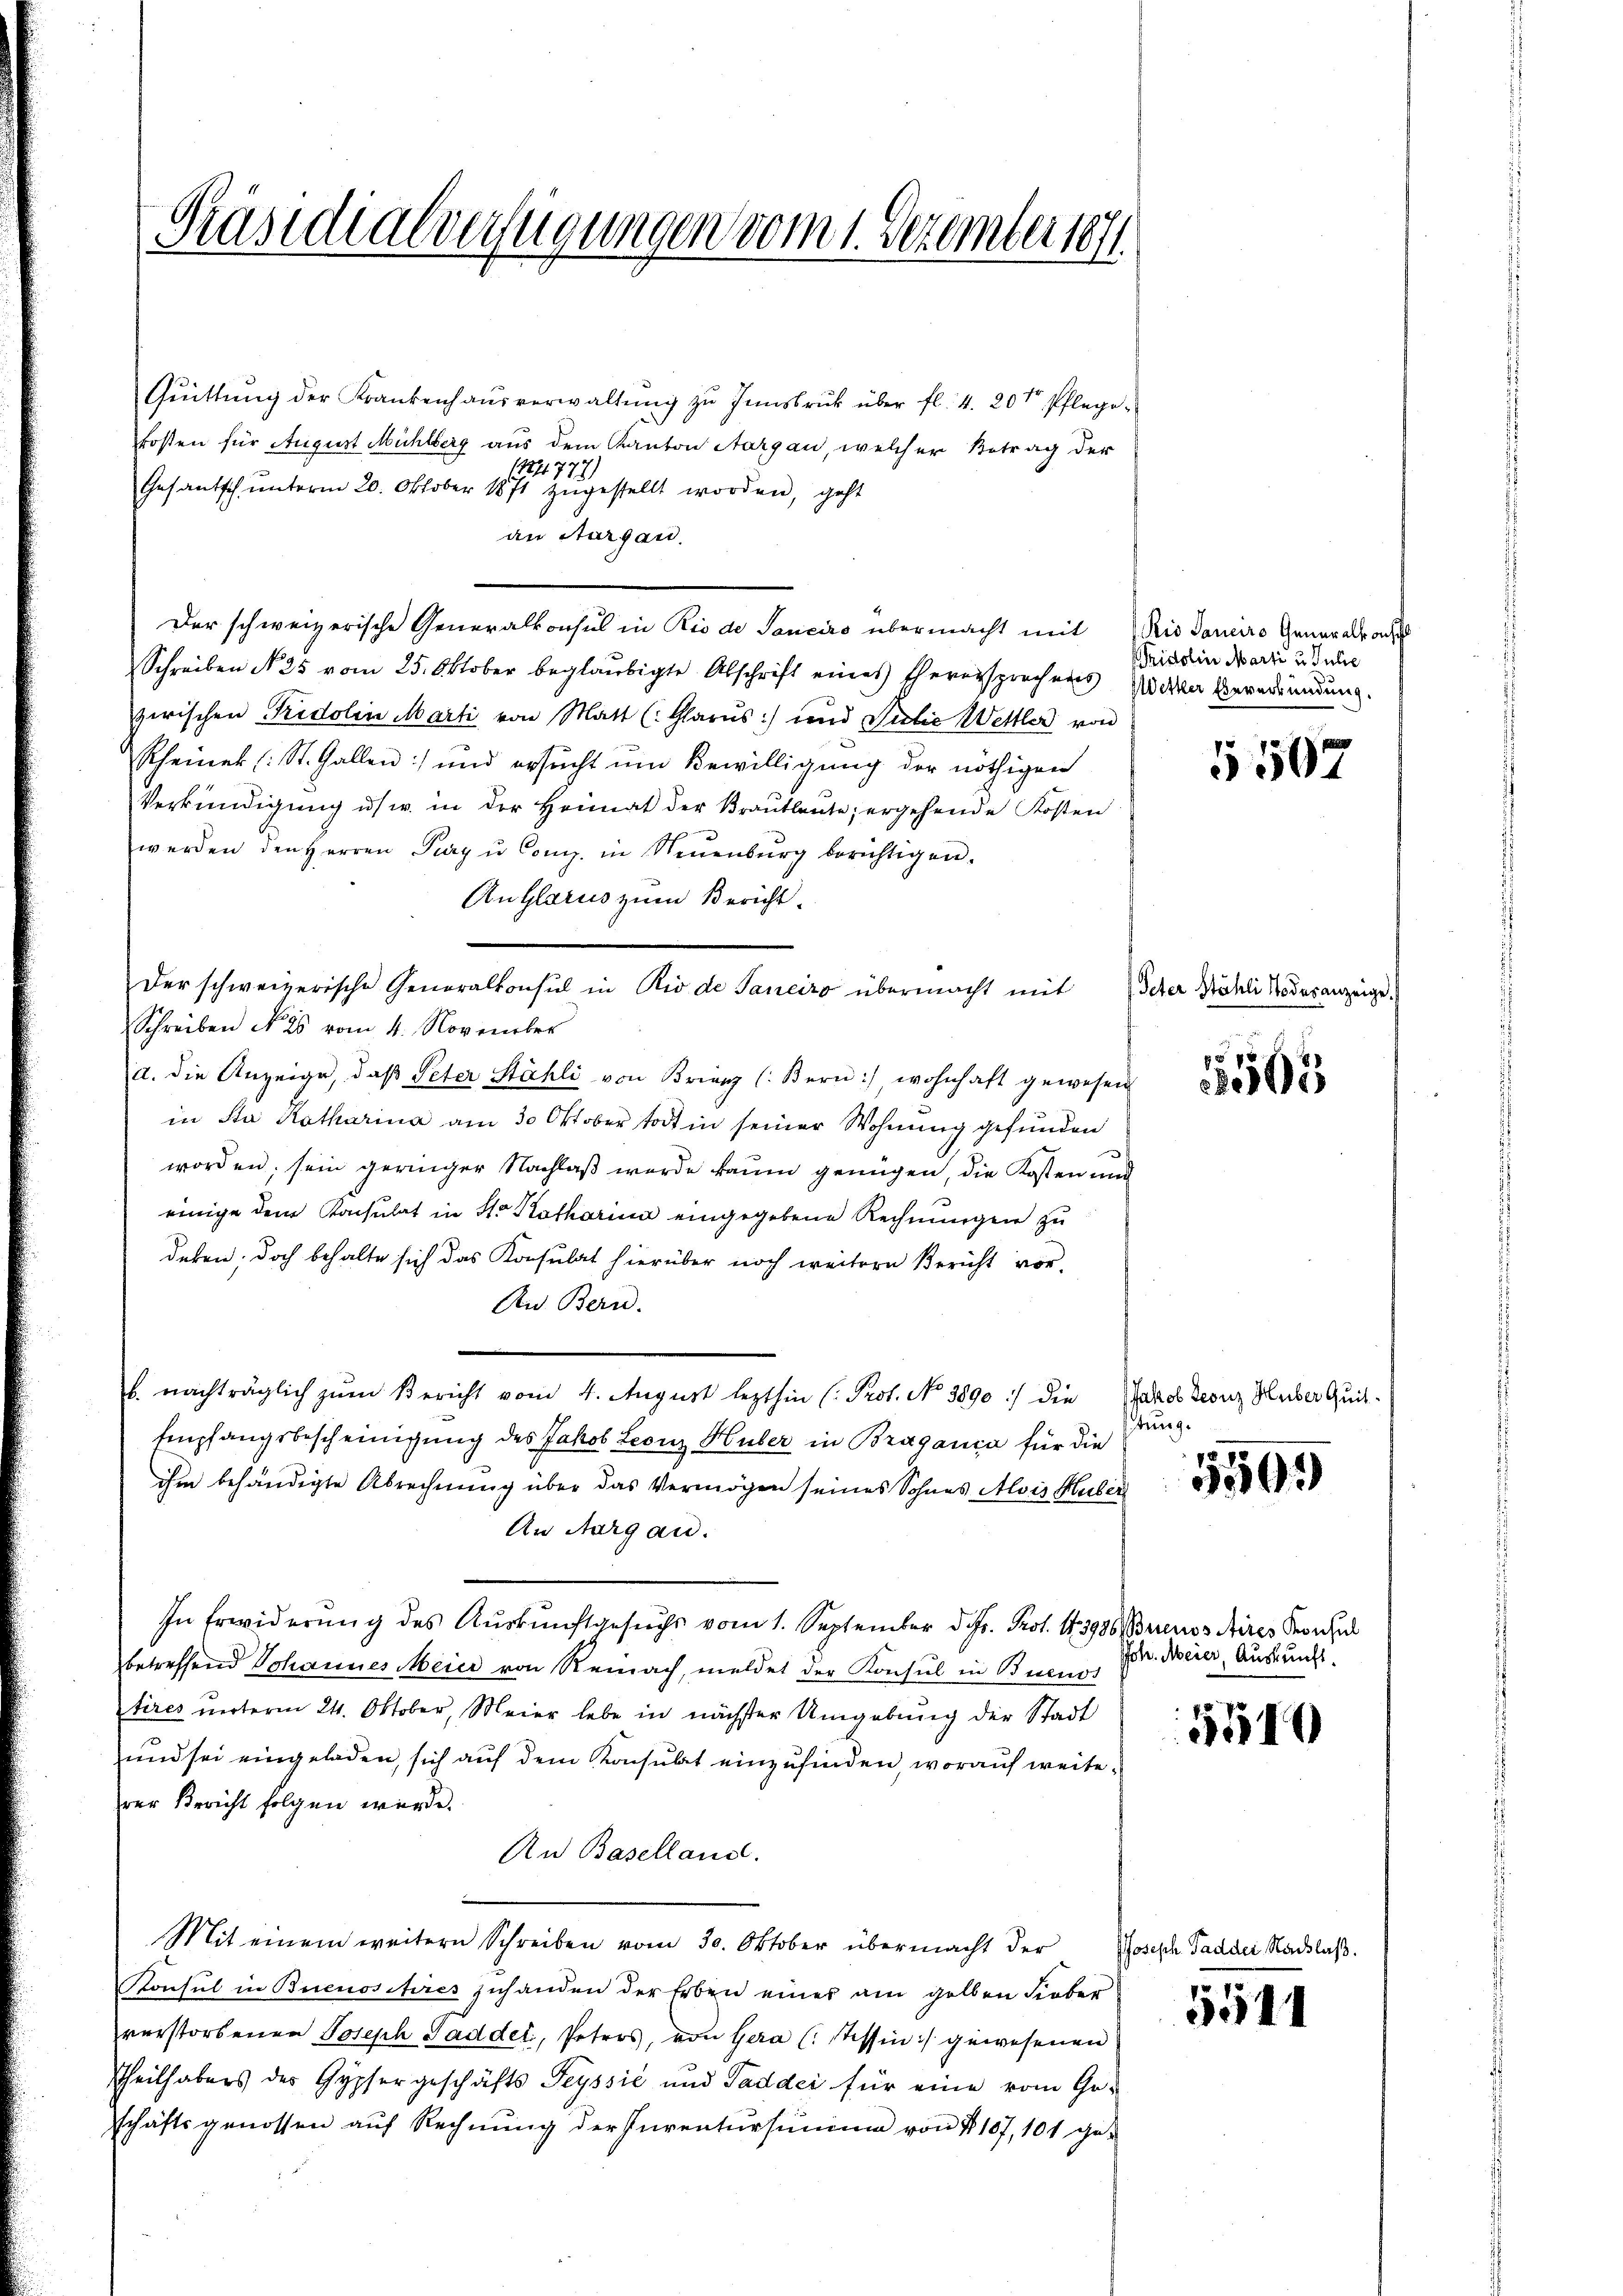
Präsidialverfügungen vom 1. Dezember 181

Quittung der Krankenhausverwaltung zu Innsbruck über fl. 4. 20te Pflegekosten für August Mühlberg aus dem Kanton Aargau, welcher Betrag der
11477
Gesantsch ŭnterm 20. Oktober 1871 zŭgestellt worden, geht
an Aargau.
Der schweizerische Generalkonsul in Rio de Sanciro übermacht mit Rio daneiro Generalrod
Schreiben N. 25 vom 25. Oktober beglaubigte Abschrift eines Eheversprochens den Berediendung.
zerischen Fridolin Marti von Matt (Glarus) und Julie Wettler von
Rheiner (: St. Gallen) und ersucht um Bewilligung der nöthigen
Verkündigung usw. in der Heimat der Brautleute, ergehende Kosten
werden den Herren Purg u Comp. in Neuenburg berichtigen.
Au Glarus zum Bericht.
Schreiben No 25 vom 4. November
a. die Anzeige, daβ Peter Stähli von Brien (Bern), wohnhaft gewesen
in Sta Katharina am 30 Oktober todt in seiner Wohnung gefunden
e
worden, sein geringer Nachlaß wurde kaum genügen, die Kosten und
einige dem Konsulat in St. Katharina eingegebene Rechnungen zu
deben; doch behalte sich das Konsulat hierüber noch weitere Bericht vor-
An Bern.
b. nachträglich zum Bericht vom 4. August lezthin (: Prot. No 3890 :/ die
Empfangsbescheinigung des Jakob Leonz Huber in Braganca für die
ihm behändigte Abrechnung über das Vermögen seines Sohnes Alois Huber
An Aargau.
In Erwiderung des Auskunftgesuchs vom 1. September d. Js. Prot. 13986 (Brinos Aires Konsul
betreffend Johannes Mein von Reinach, meldet der Konsul in Buenos
tires unterm 24. Oktober, Meier lebe in nächster Umgebung der Stadt
und sei eingeladen, sich auf dem Konsulat einzufinden, worauf weiterer Bericht folgen würde.
Au Baselland.
Mit einem weitern Schreiben vom 30. Oktober übermacht der
Konsul in Buenossires zuhanden der Erben eines am gelben Lieber
verstorbenen Joseph Paddet, Petros, von Gera (Tessin :/ gewesenen
Theilhabers des Gypsergeschäfts Teyssić und Taddei für eine vom Ge-
schäftsgenossen auf Rechnung der Inventursumme von § 107, 10f ge-

Der schweizerische Generalkonsul in Rio de Janeiro übermacht mit

ridolin Marti u. Julie

5507

Peter Stähli Todesanzeige.

5565

Jakob Leonz Huber Quittung.

5569

Joh. Meier, Auskunft.

1640

Phosisch Padder Nachlaß.

5544